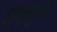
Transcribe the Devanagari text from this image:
शमस्या